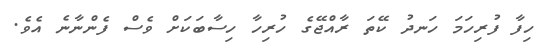
ހިފާ ފުރިހަމަ ހަނދު ކޭތަ ރާއްޖޭގެ ހުރިހާ ހިސާބަކަށް ވެސް ފެންނާނެ އެވެ.